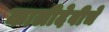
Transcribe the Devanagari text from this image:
कालीदेवीचे